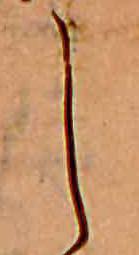
し